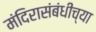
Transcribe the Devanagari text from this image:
मंदिरासंबंधीच्या